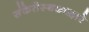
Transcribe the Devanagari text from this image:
संकेतेस्थळाद्वारे